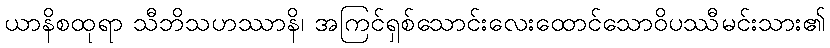
ယာနိစထုရာ သီဘိသဟဿာနိ၊ အကြင်ရှစ်သောင်းလေးထောင်သောဝိပဿီမင်းသား၏